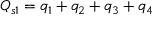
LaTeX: Q _ { s 1 } = q _ { 1 } + q _ { 2 } + q _ { 3 } + q _ { 4 }